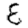
Digit: 8